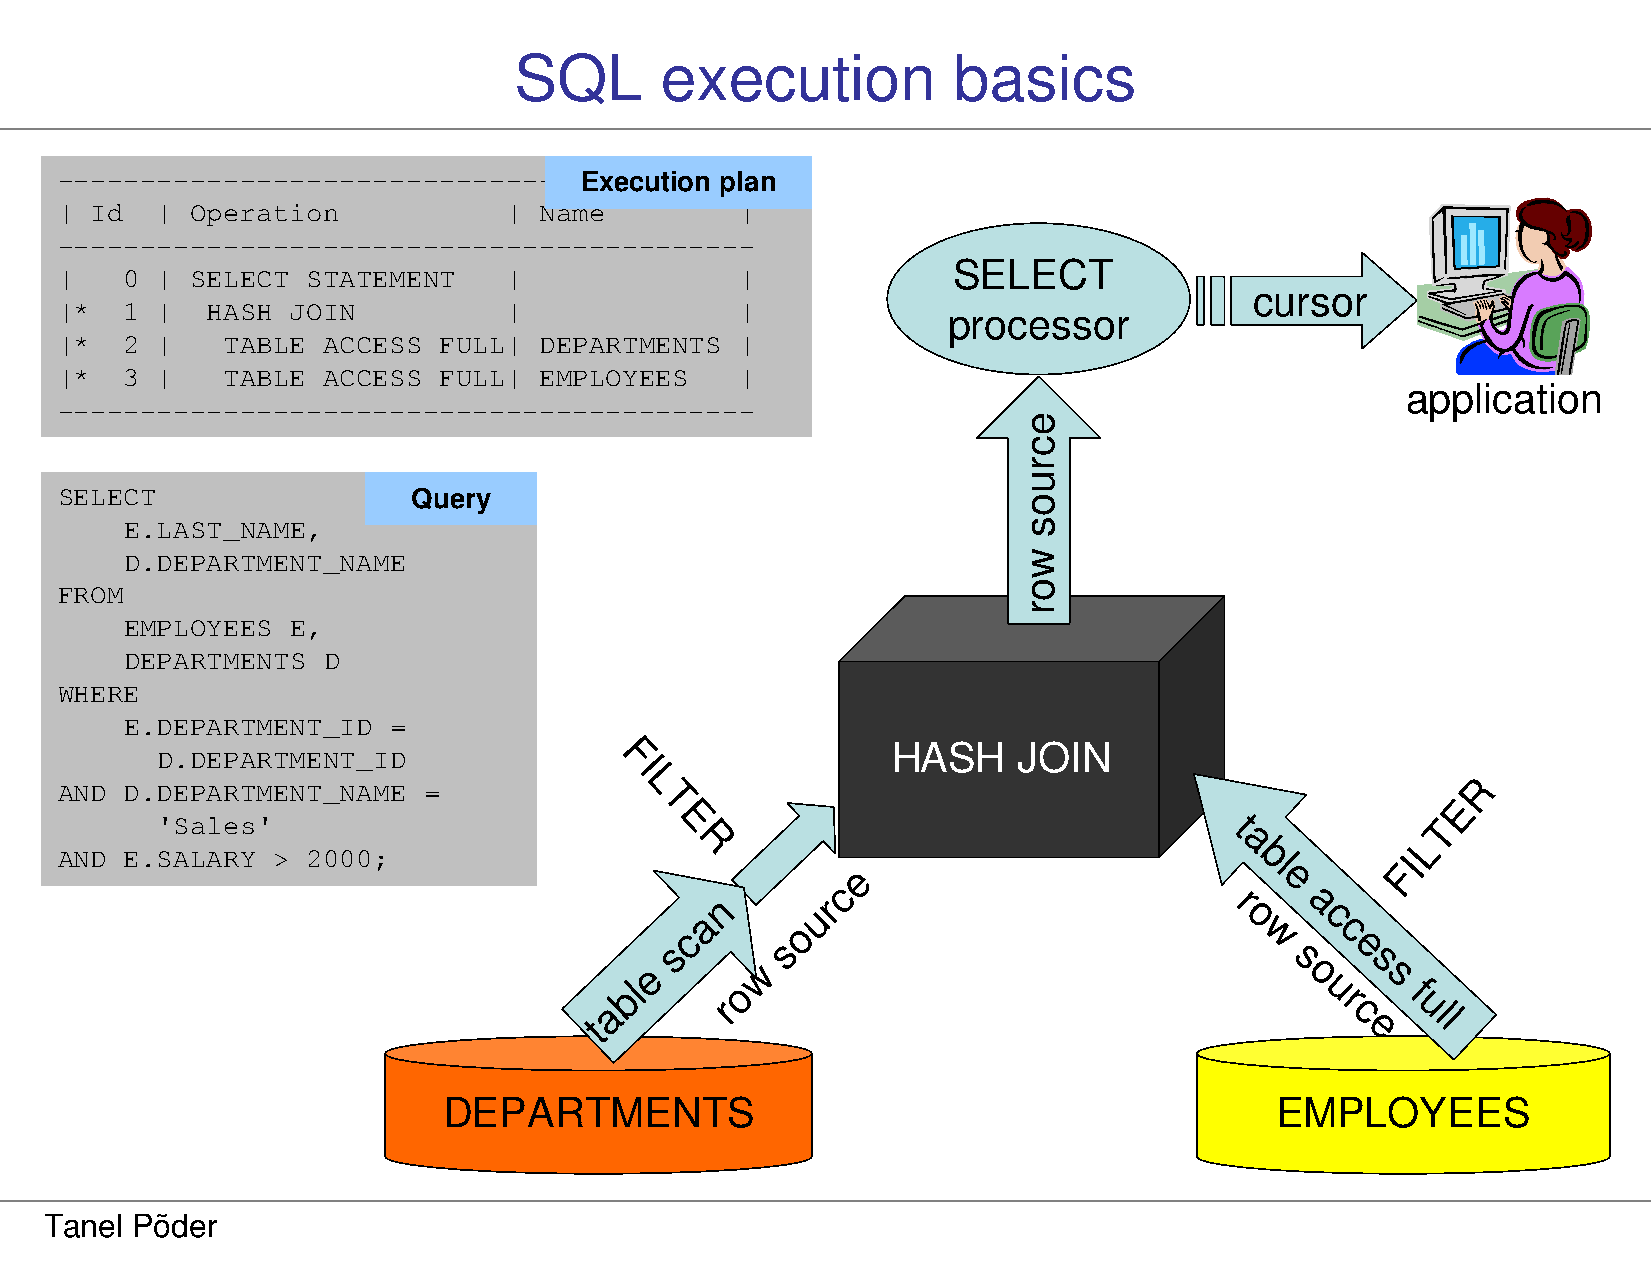
SQL       execution          basics
 --------------------------------E-x-e-c-u-ti-o-n- p-l-an
 | Id  |  Operation            | Name         |
 ------------------------------------------
 SELECT
 |   0 |  SELECT STATEMENT     |              |
 cursor
 |*  1 |   HASH JOIN           |              |
 processor
 |*  2 |    TABLE ACCESS  FULL|  DEPARTMENTS  |
 |*  3 |    TABLE ACCESS  FULL|  EMPLOYEES    |
 application
 ------------------------------------------
 SELECT                 Query
 E.LAST_NAME,
 D.DEPARTMENT_NAME
 FROM
 EMPLOYEES  E,
 DEPARTMENTS  D
 WHERE
 E.DEPARTMENT_ID   =
 D.DEPARTMENT_ID                F                 HASH    JOIN
 I
 AND D.DEPARTMENT_NAME   =             L                                                      R
 T                                                    E
 'Sales'                           E                                    t             T
 R                                   a           L
 AND E.SALARY  > 2000;                                                          b l       I
 e                                   F
 e
 c
 n      r                          r    a
 a       u                           o    c
 c       o                             w    c
 s      s                                     e
 e      w
 s
 o
 s
 s
 tabl    ro                                      u
 r
 c
 e
 f
 u
 l l
 DEPARTMENTS                                            EMPLOYEES
 Tanel Põder
 ecruos
 wor